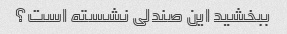
ببخشید این صندلی نشسته است؟